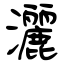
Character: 灑